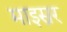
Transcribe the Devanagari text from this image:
माइस्नर